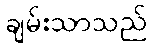
ချမ်းသာသည်